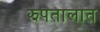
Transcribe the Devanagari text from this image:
झपतालात